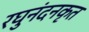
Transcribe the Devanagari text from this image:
रघुनंदनकृत